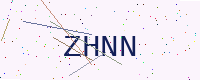
Text: ZHNN